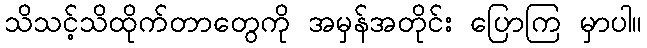
သိသင့်သိထိုက်တာတွေကို အမှန်အတိုင်း ပြောကြ မှာပါ။